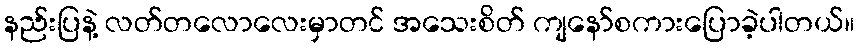
နည်းပြနဲ့ လတ်တလောလေးမှာတင် အသေးစိတ် ကျနော်စကားပြောခဲ့ပါတယ်။